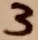
Text: 3